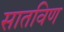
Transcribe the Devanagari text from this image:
सातविण